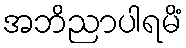
အဘိညာပါရမိံ